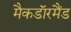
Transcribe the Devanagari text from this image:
मैकडाॅरमैंड